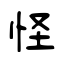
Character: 怪